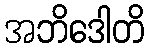
အဘိဒေါတိ